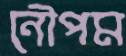
নৌপম